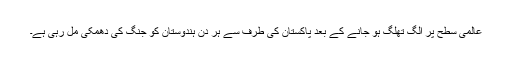
عالمی سطح پر الگ تھلگ ہو جانے کے بعد پاکستان کی طرف سے ہر دن ہندوستان کو جنگ کی دھمکی مل رہی ہے۔